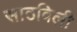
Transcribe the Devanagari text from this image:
साठविली